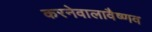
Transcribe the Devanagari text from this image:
करनेवालावैष्णव